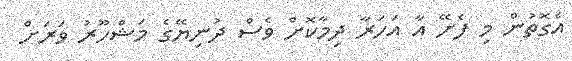
އެގޮތުން މި ފެށޭ އާ އަހަރާ ދިމާކޮށް ވެސް ދުނިޔޭގެ މަޝްހޫރު ވަރަށް